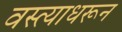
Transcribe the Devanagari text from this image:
वस्त्याधरून